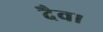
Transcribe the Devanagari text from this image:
दैव।